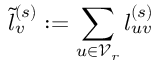
\tilde { l } _ { v } ^ { ( s ) } : = \sum _ { u \in \mathcal { V } _ { r } } l _ { u v } ^ { ( s ) }